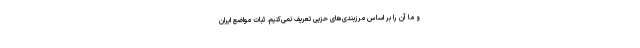
و ما آن را بر اساس مرزبندی‌های حزبی تعریف نمی‌کنیم. ثبات مواضع ایران